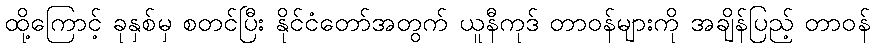
ထို့ကြောင့် ခုနှစ်မှ စတင်ပြီး နိုင်ငံတော်အတွက် ယူနီကုဒ် တာဝန်များကို အချိန်ပြည့် တာဝန်